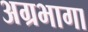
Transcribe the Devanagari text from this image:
अग्रभागा